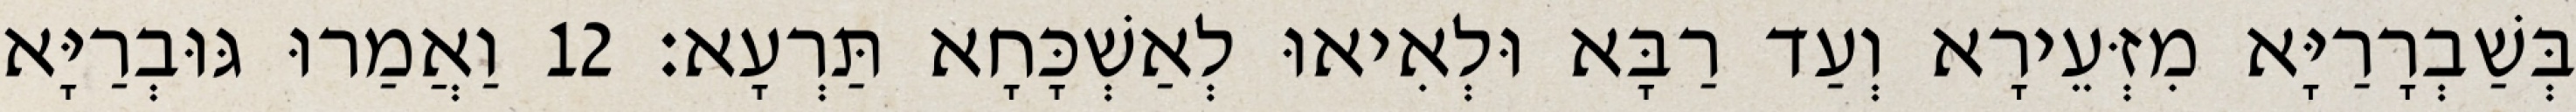
בְּשַׁבְרָרַיָּא מִזְּעֵירָא וְעַד רַבָּא וּלְאִיאוּ לְאַשְׁכָּחָא תַּרְעָא׃ 12 וַאֲמַרוּ גּוּבְרַיָּא